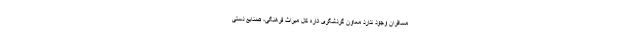
مسافران وجود ندارد معاون گردشگری اداره کل میراث فرهنگی، صنایع دستی